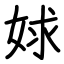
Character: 㛏